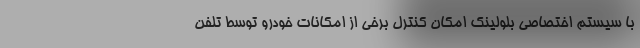
با سیستم اختصاصی بلولینک امکان کنترل برخی از امکانات خودرو توسط تلفن